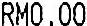
RM0.00